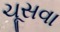
ચૂસવા